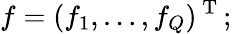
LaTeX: f=(f_{1},\dots,f_{Q})^{\mathrm{~T~}};